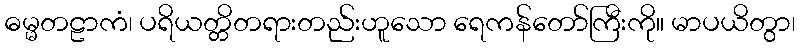
ဓမ္မတဠာကံ၊ ပရိယတ္တိတရားတည်းဟူသော ရေကန်တော်ကြီးကို။ မာပယိတွာ၊